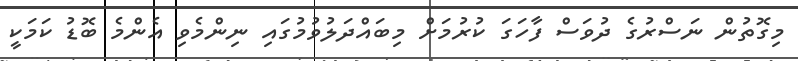
މިގޮތުން ނަސްރުގެ ދުވަސް ފާހަގަ ކުރުމަށް މިބައްދަލުވުމުގައި ނިންމެވި އެންމެ ބޮޑު ކަމަކީ